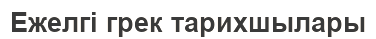
Ежелгі грек тарихшылары